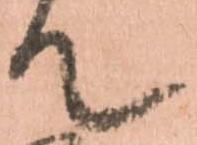
て